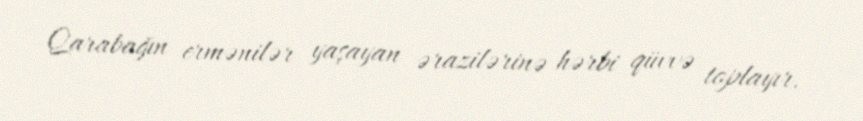
Qarabağın ermənilər yaşayan ərazilərinə hərbi qüvvə toplayır.